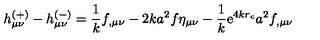
h _ { \mu \nu } ^ { ( + ) } - h _ { \mu \nu } ^ { ( - ) } = \frac { 1 } { k } f _ { , \mu \nu } - 2 k a ^ { 2 } f \eta _ { \mu \nu } - \frac { 1 } { k } \mathrm { e } ^ { 4 k r _ { c } } a ^ { 2 } f _ { , \mu \nu }